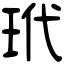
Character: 玳